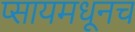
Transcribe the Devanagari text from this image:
प्सायमधूनच